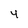
Character: 4